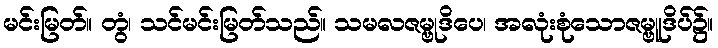
မင်းမြတ်။ တွံ၊ သင်မင်းမြတ်သည်။ သမလဇမ္ဗုဒိပေ၊ အလုံးစုံသောဇမ္ဗူဒိပ်၌။